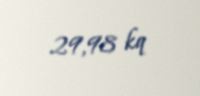
29,98 kq